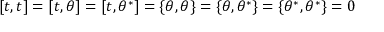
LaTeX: \left[ t , t \right] = \left[ t , \theta \right] = \left[ t , \theta ^ { * } \right] = \left\{ \theta , \theta \right\} = \left\{ \theta , \theta ^ { * } \right\} = \left\{ \theta ^ { * } , \theta ^ { * } \right\} = 0